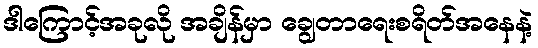
ဒါကြောင့်အခုလို အချိန်မှာ ချွေတာရေးစရိတ်အနေနဲ့